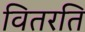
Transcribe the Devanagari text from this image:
वितरति